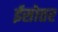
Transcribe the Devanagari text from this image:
ईसोत्तर